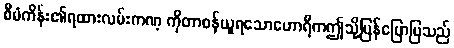
စီမံကိန်း၏ရထားလမ်းကဏ္ ကိုတာဝန်ယူရသောဟောရီကဤသို့ပြန်ပြောပြသည်